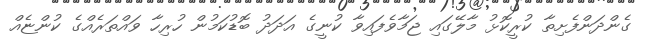
ގެންދަންފެށިތާ ކުރީކޮޅު މާލޭގައި ޖަމާވެފައިވާ ކުނީގެ އަދަދު ބޮޑުކަމުން ހުރިހާ ވައްތަރެއްގެ ކުންޏެއް